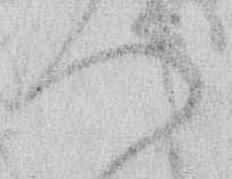
つ